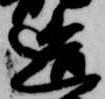
造